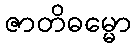
ဇာတိဓမ္မော